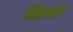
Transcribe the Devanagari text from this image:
पिंडभार